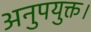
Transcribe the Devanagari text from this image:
अनुपयुक्त।